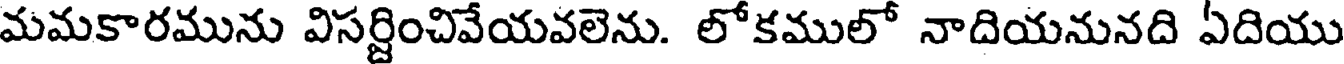
మమకారమును విసర్జించివేయవలెను. లోకములో నాదియనునది ఏదియు